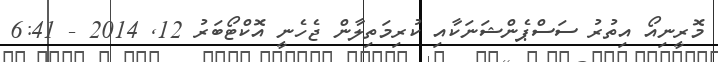
މޮރީނިއޯ އިތުރު ސަސްޕެންޝަނަކާއި ކުރިމަތިލާން ޖެހެނީ އޮކްޓޯބަރު 12